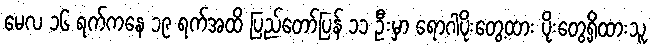
မေလ ၁၆ ရက်ကနေ ၁၉ ရက်အထိ ပြည်တော်ပြန် ၁၁ ဦးမှာ ရောဂါပိုးတွေ့ထား ပိုးတွေ့ရှိထားသူ